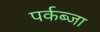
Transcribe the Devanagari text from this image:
पर्कब्जा